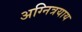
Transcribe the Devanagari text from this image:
अग्नित्रयाय